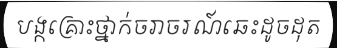
បង្កគ្រោះថ្នាក់ចរាចរណ៍ឆេះដូចដុត